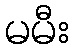
မမီး